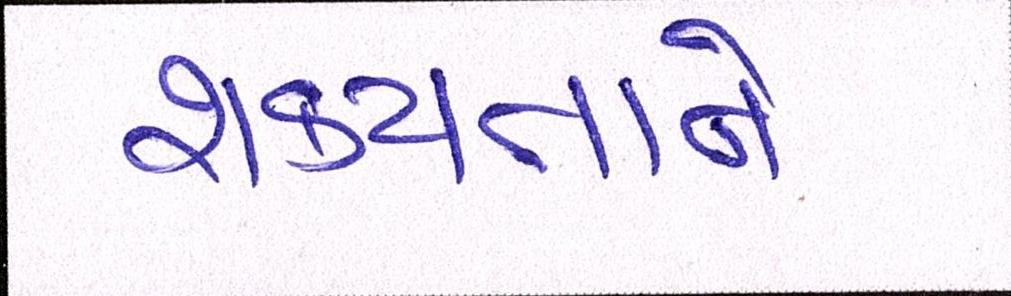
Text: શક્યતાને